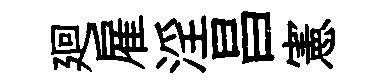
廻雇淫昌憲